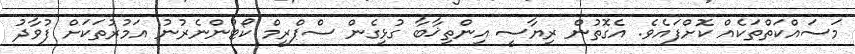
މަސައްކަތްތަކެއް ކޮށްފައެވެ. އެގޮތުން ރިޔާސީ އިންތިޚާބާ ގުޅިގެން ސްޕްރީމް ކޯޓުންނެރުނު އަމުރުތަކަށް ފުވާދު